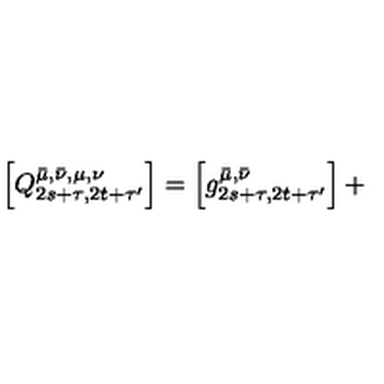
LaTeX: \left[ Q _ { 2 s + \tau , 2 t + \tau ^ { \prime } } ^ { \bar { \mu } , \bar { \nu } , \mu , \nu } \right] = \left[ g _ { 2 s + \tau , 2 t + \tau ^ { \prime } } ^ { \bar { \mu } , \bar { \nu } } \right] + \,